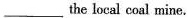
___the local coal mine.